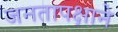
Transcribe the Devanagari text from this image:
जनतापक्षाने